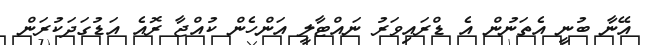
އޭނާ ބުނީ އެތަނުން އެ ޑްރައިވަރު ނައްޓާލީ އަންހެން ކުއްޖާ ރޮއެ އަޑުގަދަކުރަން